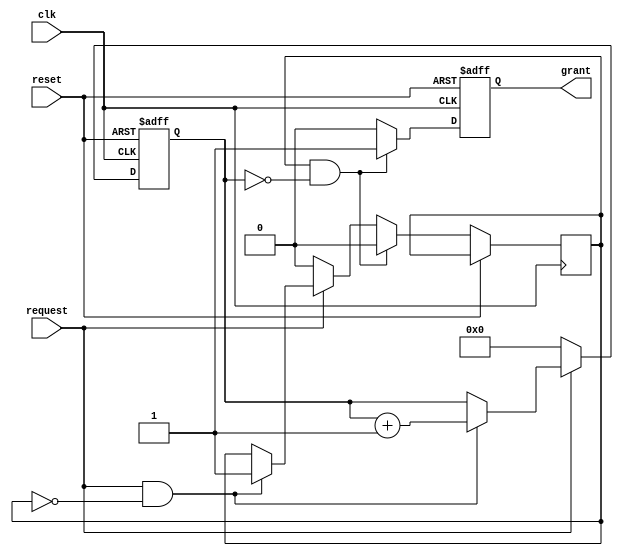
module serial_arbiter(
    input wire clk,
    input wire reset,
    input wire request,
    output reg grant
);

reg [3:0] priority;
reg grant_request;
reg [7:0] data_buffer;

always @(posedge clk or posedge reset) begin
    if (reset) begin
        grant <= 0;
        priority <= 0;
        data_buffer <= 0;
    end else begin
        // Priority logic
        if (request && !grant_request) begin
            priority <= priority + 1;
            grant_request <= 1;
        end
        
        if (!request) begin
            priority <= 0;
            grant_request <= 0;
        end
        
        // Arbitration logic
        if (grant_request && priority == 2'b00) begin
            grant <= 1;
            grant_request <= 0;
        end else begin
            grant <= 0;
        end
        
        // Data buffering logic
        if (grant) begin
            // Store data temporarily in buffer
            // Replace with actual data handling logic
            data_buffer <= data_buffer + 1;
        end
    end
    
end

endmodule